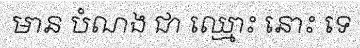
មាន បំណង ជា ឈ្មោះ នោះ ទេ